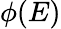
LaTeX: \phi(E)